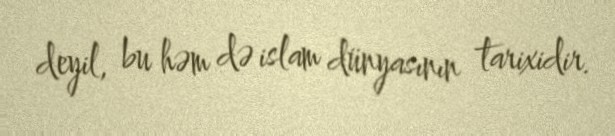
deyil, bu həm də islam dünyasının tarixidir.